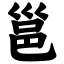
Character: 邕